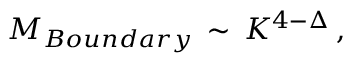
{ \cal M } _ { B o u n d a r y } \, \sim \, K ^ { 4 - \Delta } \, ,